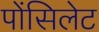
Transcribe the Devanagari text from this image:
पोंसिलेट